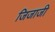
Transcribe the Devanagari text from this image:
जिजाजी